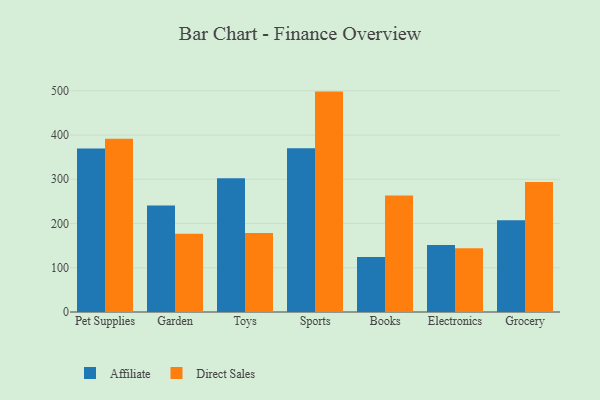
{"axis": {"x": "Category", "y": "Population (Million)"}, "legend": ["Affiliate", "Direct Sales"], "data": [{"x": "Pet Supplies", "y": 369.5, "type": "Affiliate"}, {"x": "Pet Supplies", "y": 391.6, "type": "Direct Sales"}, {"x": "Garden", "y": 240.8, "type": "Affiliate"}, {"x": "Garden", "y": 176.7, "type": "Direct Sales"}, {"x": "Toys", "y": 302.4, "type": "Affiliate"}, {"x": "Toys", "y": 178.8, "type": "Direct Sales"}, {"x": "Sports", "y": 370.3, "type": "Affiliate"}, {"x": "Sports", "y": 498.2, "type": "Direct Sales"}, {"x": "Books", "y": 124.1, "type": "Affiliate"}, {"x": "Books", "y": 263.2, "type": "Direct Sales"}, {"x": "Electronics", "y": 151.2, "type": "Affiliate"}, {"x": "Electronics", "y": 144.3, "type": "Direct Sales"}, {"x": "Grocery", "y": 207.3, "type": "Affiliate"}, {"x": "Grocery", "y": 293.6, "type": "Direct Sales"}]}